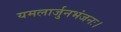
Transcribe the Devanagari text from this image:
यमलार्जुनभंजनः।